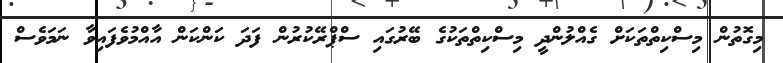
މިގޮތުން މިސްކިތްތަކަށް ގެއްލުންދީ މިސްކިތްތަކުގެ ބޭރުގައި ސްޕްރޭކުރުން ފަދަ ކަންކަން އާއްމުވެފައިވާ ނަމަވެސް